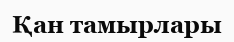
Қан тамырлары